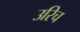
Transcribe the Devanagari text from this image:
उरिच